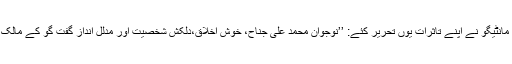
ایس مانٹیگو نے اپنے تاثرات یوں تحریر کئے: ’’نوجوان محمد علی جناح، خوش اخلاق،دلکش شخصیت اور مدلل اندازِ گفت گُو کے مالک ہیں۔